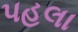
પહલા